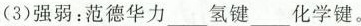
(3)强弱：范德华力___氢键___化学键。